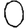
Digit: 0